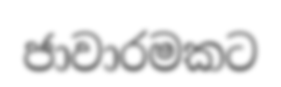
ජාවාරමකට